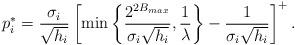
LaTeX: \begin{align*}p_i^*= \frac{\sigma_i}{\sqrt{h_i}} \left[\min\left\{ {\frac{2^{2B_{max}}}{\sigma_i \sqrt{h_i}}},\frac{1}{ \lambda}\right\} - \frac{1}{\sigma_i \sqrt{h_i}}\right]^+.\end{align*}